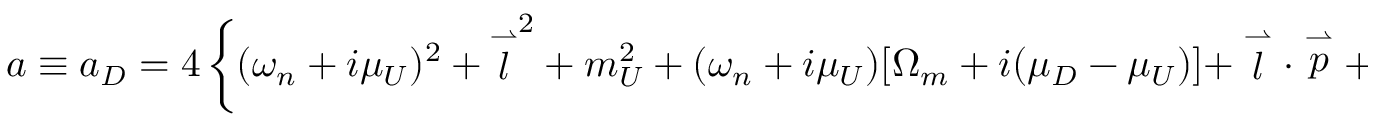
a \equiv a _ { D } = 4 \left\{ ( \omega _ { n } + i \mu _ { U } ) ^ { 2 } + { \stackrel { \rightharpoonup } { l } } ^ { 2 } + m _ { U } ^ { 2 } + ( \omega _ { n } + i \mu _ { U } ) [ \Omega _ { m } + i ( \mu _ { D } - \mu _ { U } ) ] + \stackrel { \rightharpoonup } { l } \cdot \stackrel { \rightharpoonup } { p } + m _ { U } ^ { 2 } ( m _ { D } ^ { 2 } - m _ { U } ^ { 2 } ) / ( m _ { U } ^ { 2 } + m _ { D } ^ { 2 } ) \right\} .